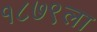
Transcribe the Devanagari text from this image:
१८७९ला